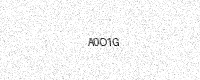
Text: A0O1G